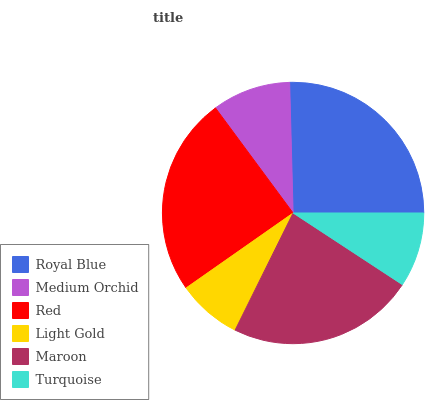
| Royal Blue | Medium Orchid | Red | Light Gold | Maroon | Turquoise |
 | --- | --- | --- | --- | --- | --- |
 | 25.4% | 9.7% | 24.6% | 7.95% | 23.1% | 9.22% |